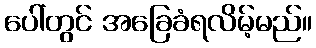
ပေါ်တွင် အခြေခံရလိမ့်မည်။